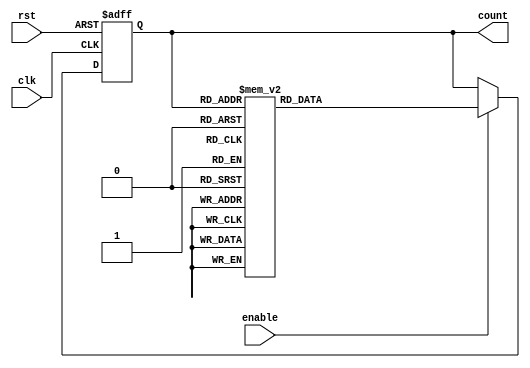
module DecadeRingCounter (
    input wire clk,          // Clock input
    input wire rst,          // Asynchronous reset
    input wire enable,       // Enable signal
    output reg [3:0] count   // 4-bit output to represent the counter value
);

// State encoding
localparam [3:0] S0 = 4'b0001; // State 1 (0001)
localparam [3:0] S1 = 4'b0010; // State 2 (0010)
localparam [3:0] S2 = 4'b0011; // State 3 (0011)
localparam [3:0] S3 = 4'b0100; // State 4 (0100)
localparam [3:0] S4 = 4'b0101; // State 5 (0101)
localparam [3:0] S5 = 4'b0110; // State 6 (0110)
localparam [3:0] S6 = 4'b0111; // State 7 (0111)
localparam [3:0] S7 = 4'b1000; // State 8 (1000)
localparam [3:0] S8 = 4'b1001; // State 9 (1001)

// Sequential logic for counting
always @(posedge clk or posedge rst) begin
    if (rst) begin
        // Asynchronous reset
        count <= S0; // Reset to state 1 (0001)
    end else if (enable) begin
        // State transition logic
        case (count)
            S0: count <= S1;
            S1: count <= S2;
            S2: count <= S3;
            S3: count <= S4;
            S4: count <= S5;
            S5: count <= S6;
            S6: count <= S7;
            S7: count <= S8;
            S8: count <= S0; // Wrap around to state 1 (0001)
            default: count <= S0; // Default case to reset to state 1
        endcase
    end
end

endmodule